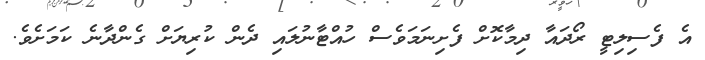
އެ ފެސިލިޓީ ރޯދައާ ދިމާކޮށް ފެށިނަމަވެސް ހުއްޓާނުލައި ދެން ކުރިޔަށް ގެންދާނެ ކަމަށެވެ.